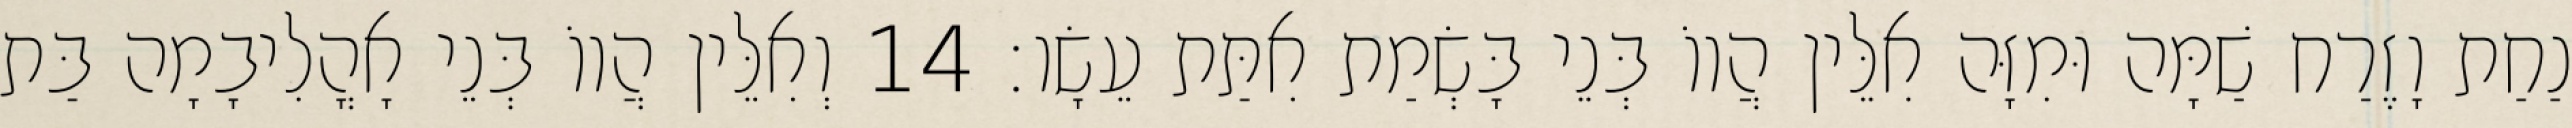
נַחַת וָזֶרַח שַׁמָּה וּמִזָּה אִלֵּין הֲווֹ בְּנֵי בָּשְׂמַת אִתַּת עֵשָׂו׃ 14 וְאִלֵּין הֲווֹ בְּנֵי אָהֳלִיבָמָה בַּת